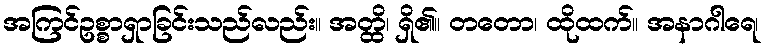
အကြင်ဥစ္စာရှာခြင်းသည်လည်း။ အတ္ထိ၊ ရှိ၏။ တတော၊ ထိုထက်။ အနာဂါရေ၊